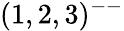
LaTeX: (1,2,3)^{--}